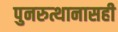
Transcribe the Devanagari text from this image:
पुनरुत्थानासही